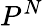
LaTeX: P^{N}